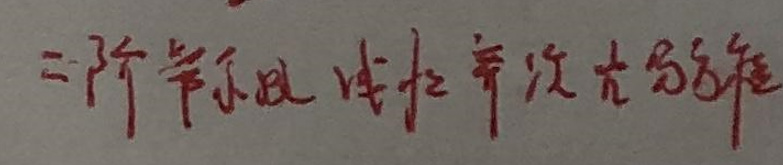
二阶常系数线性齐次方程